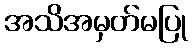
အသိအမှတ်မပြု